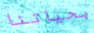
بحياتنا